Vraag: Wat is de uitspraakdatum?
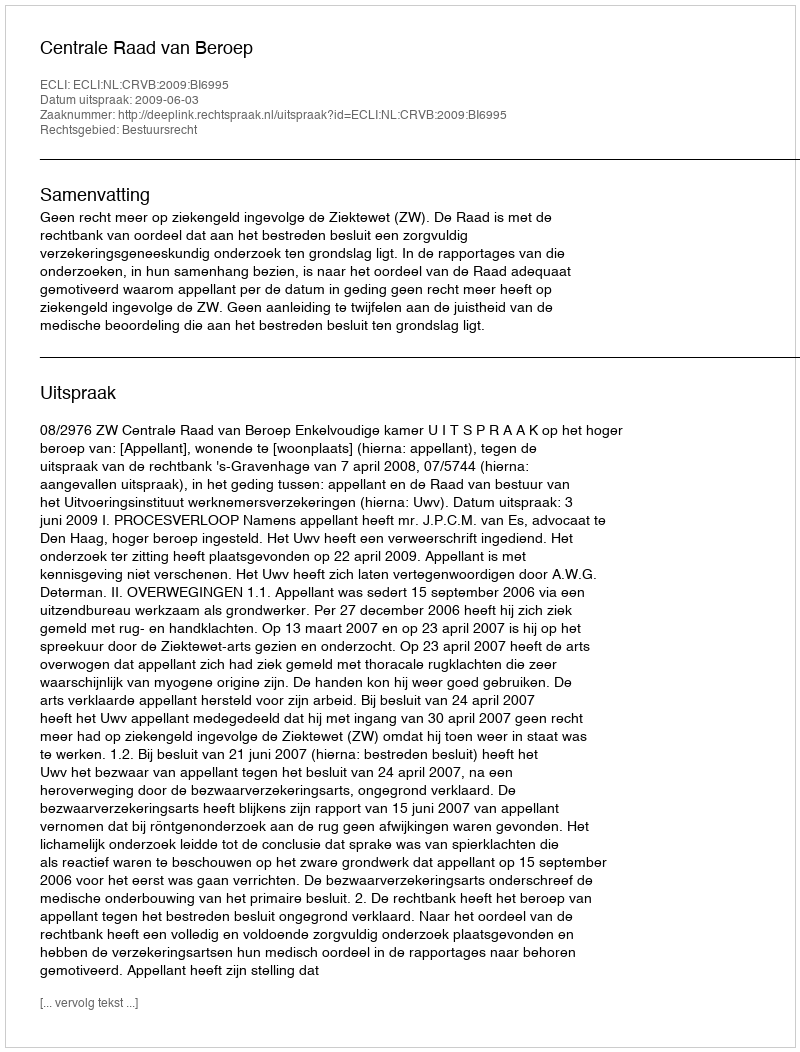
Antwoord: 2009-06-03